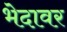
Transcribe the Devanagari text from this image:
भेदावर